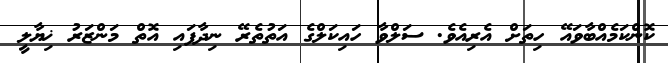
ކޮންކަމެއްބާވައޭ ހިތަށް އެރިއެވެ. ސަލްވާ ހައިކަލްގެ އަތުތެރޭ ނިދާފައި އޮތް މަންޒަރު ޚިޔާލީ